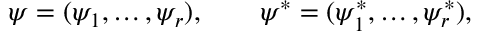
\psi = ( \psi _ { 1 } , \ldots , \psi _ { r } ) , \qquad \psi ^ { * } = ( \psi _ { 1 } ^ { * } , \ldots , \psi _ { r } ^ { * } ) ,